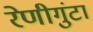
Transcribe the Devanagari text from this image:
रेणीगुंटा